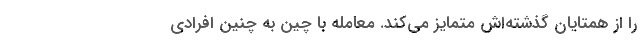
را از همتایان گذشته‌اش متمایز می‌کند. معامله با چین به چنین افرادی